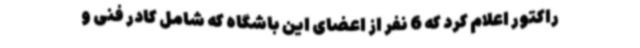
راکتور اعلام کرد که 6 نفر از اعضای این باشگاه که شامل کادر فنی و